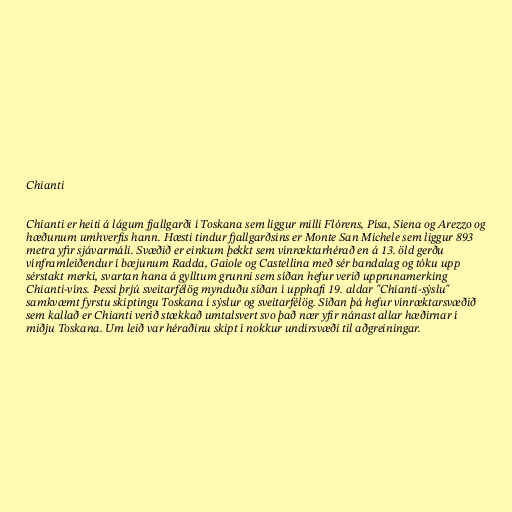
Chianti

Chianti er heiti á lágum fjallgarði í Toskana sem liggur milli Flórens, Písa, Siena og Arezzo og
hæðunum umhverfis hann. Hæsti tindur fjallgarðsins er Monte San Michele sem liggur 893
metra yfir sjávarmáli. Svæðið er einkum þekkt sem vínræktarhérað en á 13. öld gerðu
vínframleiðendur í bæjunum Radda, Gaiole og Castellina með sér bandalag og tóku upp
sérstakt merki, svartan hana á gylltum grunni sem síðan hefur verið upprunamerking
Chianti-víns. Þessi þrjú sveitarfélög mynduðu síðan í upphafi 19. aldar "Chianti-sýslu"
samkvæmt fyrstu skiptingu Toskana í sýslur og sveitarfélög. Síðan þá hefur vínræktarsvæðið
sem kallað er Chianti verið stækkað umtalsvert svo það nær yfir nánast allar hæðirnar í
miðju Toskana. Um leið var héraðinu skipt í nokkur undirsvæði til aðgreiningar.